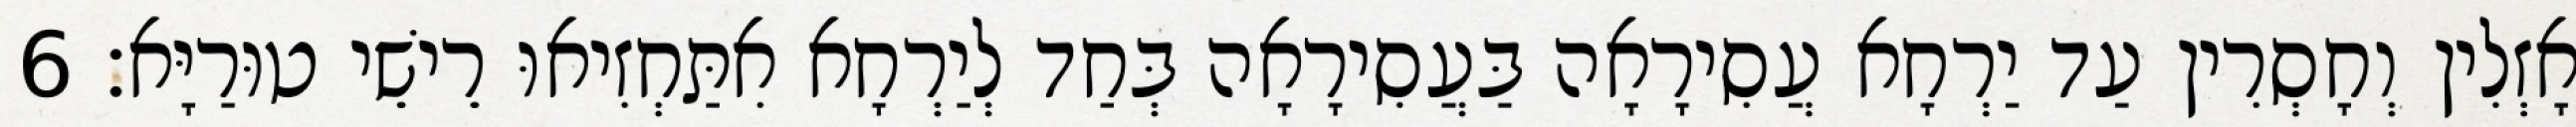
אָזְלִין וְחָסְרִין עַד יַרְחָא עֲסִירָאָה בַּעֲסִירָאָה בְּחַד לְיַרְחָא אִתַּחְזִיאוּ רֵישֵׁי טוּרַיָּא׃ 6